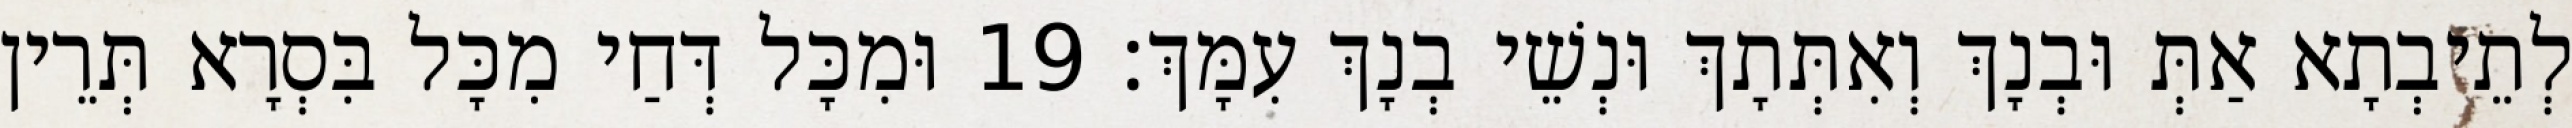
לְתֵיבְתָא אַתְּ וּבְנָךְ וְאִתְּתָךְ וּנְשֵׁי בְנָךְ עִמָּךְ׃ 19 וּמִכָּל דְּחַי מִכָּל בִּסְרָא תְּרֵין